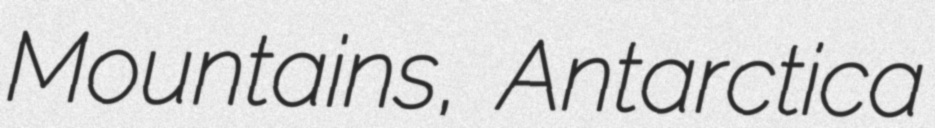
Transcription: Mountains, Antarctica